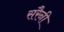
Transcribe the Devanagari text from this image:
सरैनी